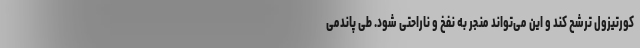
کورتیزول ترشح کند و این می‌تواند منجر به نفخ و ناراحتی شود. طی پاندمی